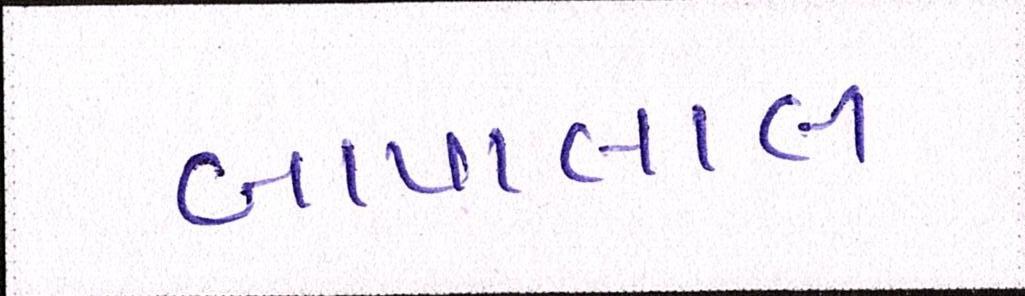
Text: બાપાલાલ